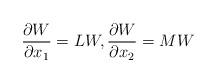
LaTeX: \begin{align*}\frac{\partial W}{\partial x_1}=LW,\frac{\partial W}{\partial x_2}=MW\end{align*}